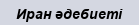
Иран әдебиеті